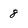
Character: 8